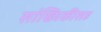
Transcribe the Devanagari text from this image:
सांख्यिकीसह